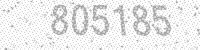
Solution: 805185